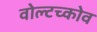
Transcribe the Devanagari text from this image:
वोल्टच्कोव